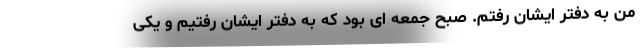
من به دفتر ایشان رفتم. صبح جمعه ای بود که به دفتر ایشان رفتیم و یکی